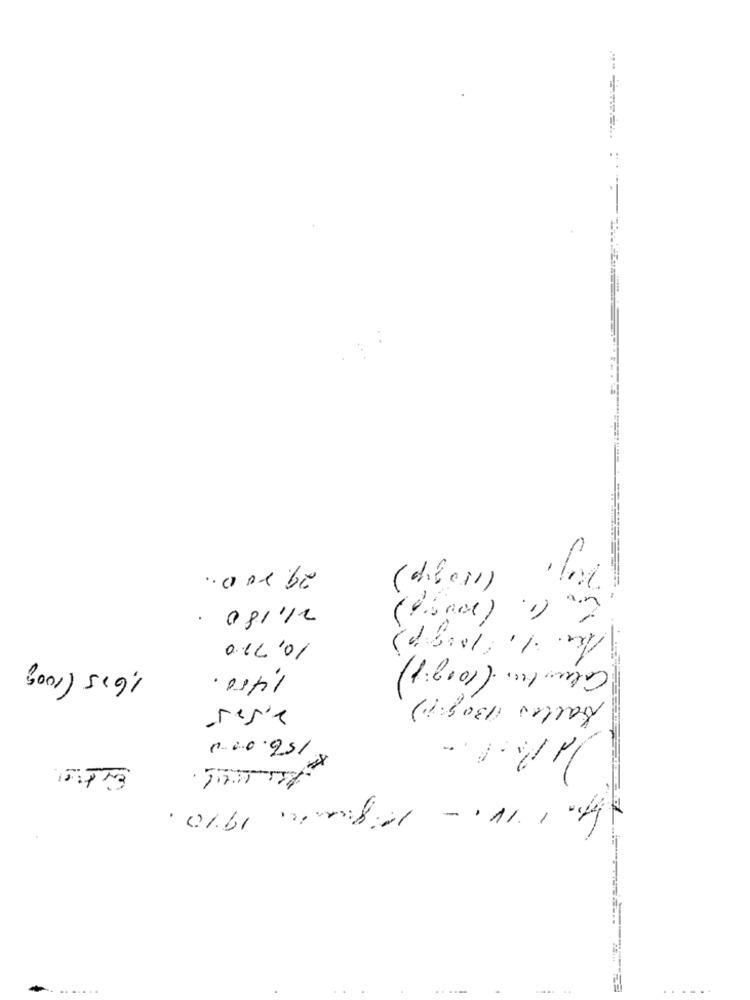
29.200 ..
(150 gp)
( nagy )
21,180.
10,710
Columbia (100g8)
1,605/100g
1400.
Balles (130g.p)
2.505
156.000
All'10. - Piquante 19/2.
.... ..
...
.- -